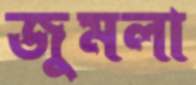
জুমলা